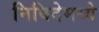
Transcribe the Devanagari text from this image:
निविदेमध्ये